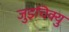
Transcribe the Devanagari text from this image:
जुइचिक्यु